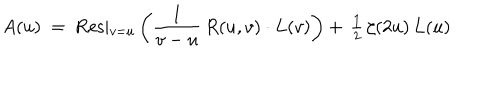
A ( u ) ~ = ~ \mathrm { R e s } \vert _ { v = u } ^ { } \left( { \frac { 1 } { v - u } } \, R ( u , v ) \cdot L ( v ) \right) + \, { \textstyle { \frac { 1 } { 2 } } } \, \zeta ( 2 u ) \, L ( u )